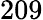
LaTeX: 209